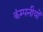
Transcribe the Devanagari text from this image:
कंम्पनीयों